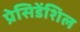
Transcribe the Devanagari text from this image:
प्रेसिडेंशिल